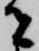
者